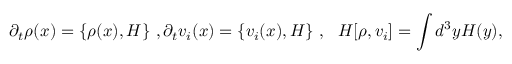
\partial _ { t } \rho ( x ) = \{ \rho ( x ) , H \} ~ , \partial _ { t } v _ { i } ( x ) = \{ v _ { i } ( x ) , H \} ~ , ~ ~ H [ \rho , v _ { i } ] = \int d ^ { 3 } y { \cal H } ( y ) ,